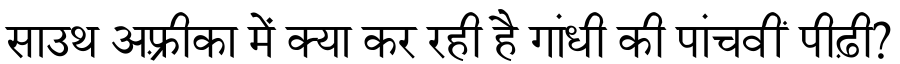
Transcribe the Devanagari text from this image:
साउथ अफ़्रीका में क्या कर रही है गांधी की पांचवीं पीढ़ी?